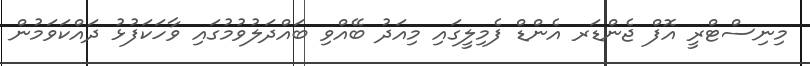
މިނިސްޓްރީ އޮފް ޖެންޑަރ އެންޑް ފެމިލީގައި މިއަދު ބޭއްވި ބައްދަލުވުމުގައި ވާހަކަފުޅު ދައްކަވަމުން